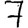
Digit: 7